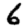
Digit: 6